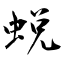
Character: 蜕